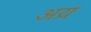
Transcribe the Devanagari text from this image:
अय्र